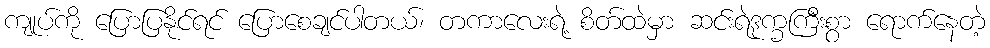
ကျုပ်ကို ပြောပြနိုင်ရင် ပြောစေချင်ပါတယ်၊ တကာလေးရဲ့ စိတ်ထဲမှာ ဆင်းရဲဒုက္ခကြီးစွာ ရောက်နေတဲ့